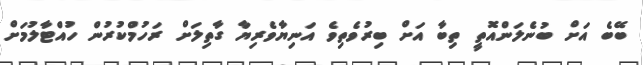
ބޭބެ އަށް ބުނެލަންއޮތީ ތިބާ އަށް ބިރުވެތިވެ އަނިޔާވެރިޔާ ގާތިލަށް ރަހުމްކުރުން ހުއްޓާލުމަށް